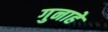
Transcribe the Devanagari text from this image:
गुनाहे